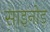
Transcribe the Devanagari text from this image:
साइनोड़